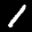
Label: 1